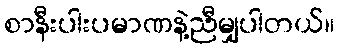
စာနီးပါးပမာဏနဲ့ညီမျှပါတယ်။